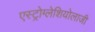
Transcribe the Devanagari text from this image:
एस्ट्रोग्लेशियोलाजी